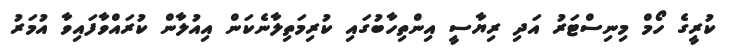
ކުރީގެ ހޯމް މިނިސްޓަރު އަދި ރިޔާސީ އިންތިހާބުގައި ކުރިމަތިލާނެކަން އިއުލާން ކުރައްވާފައިވާ އުމަރު